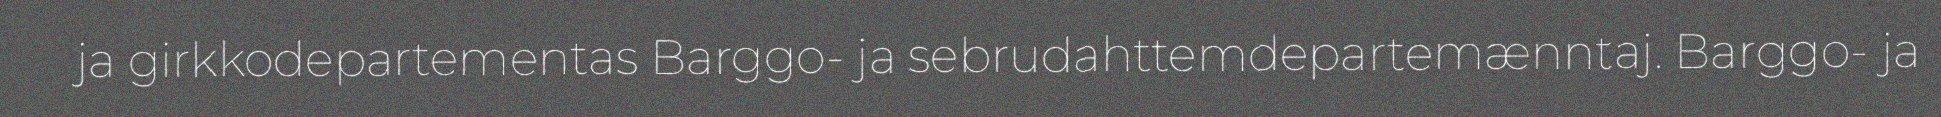
ja girkkodepartementas Barggo- ja sebrudahttemdepartemænntaj. Barggo- ja